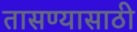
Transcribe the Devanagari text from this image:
तासण्यासाठी